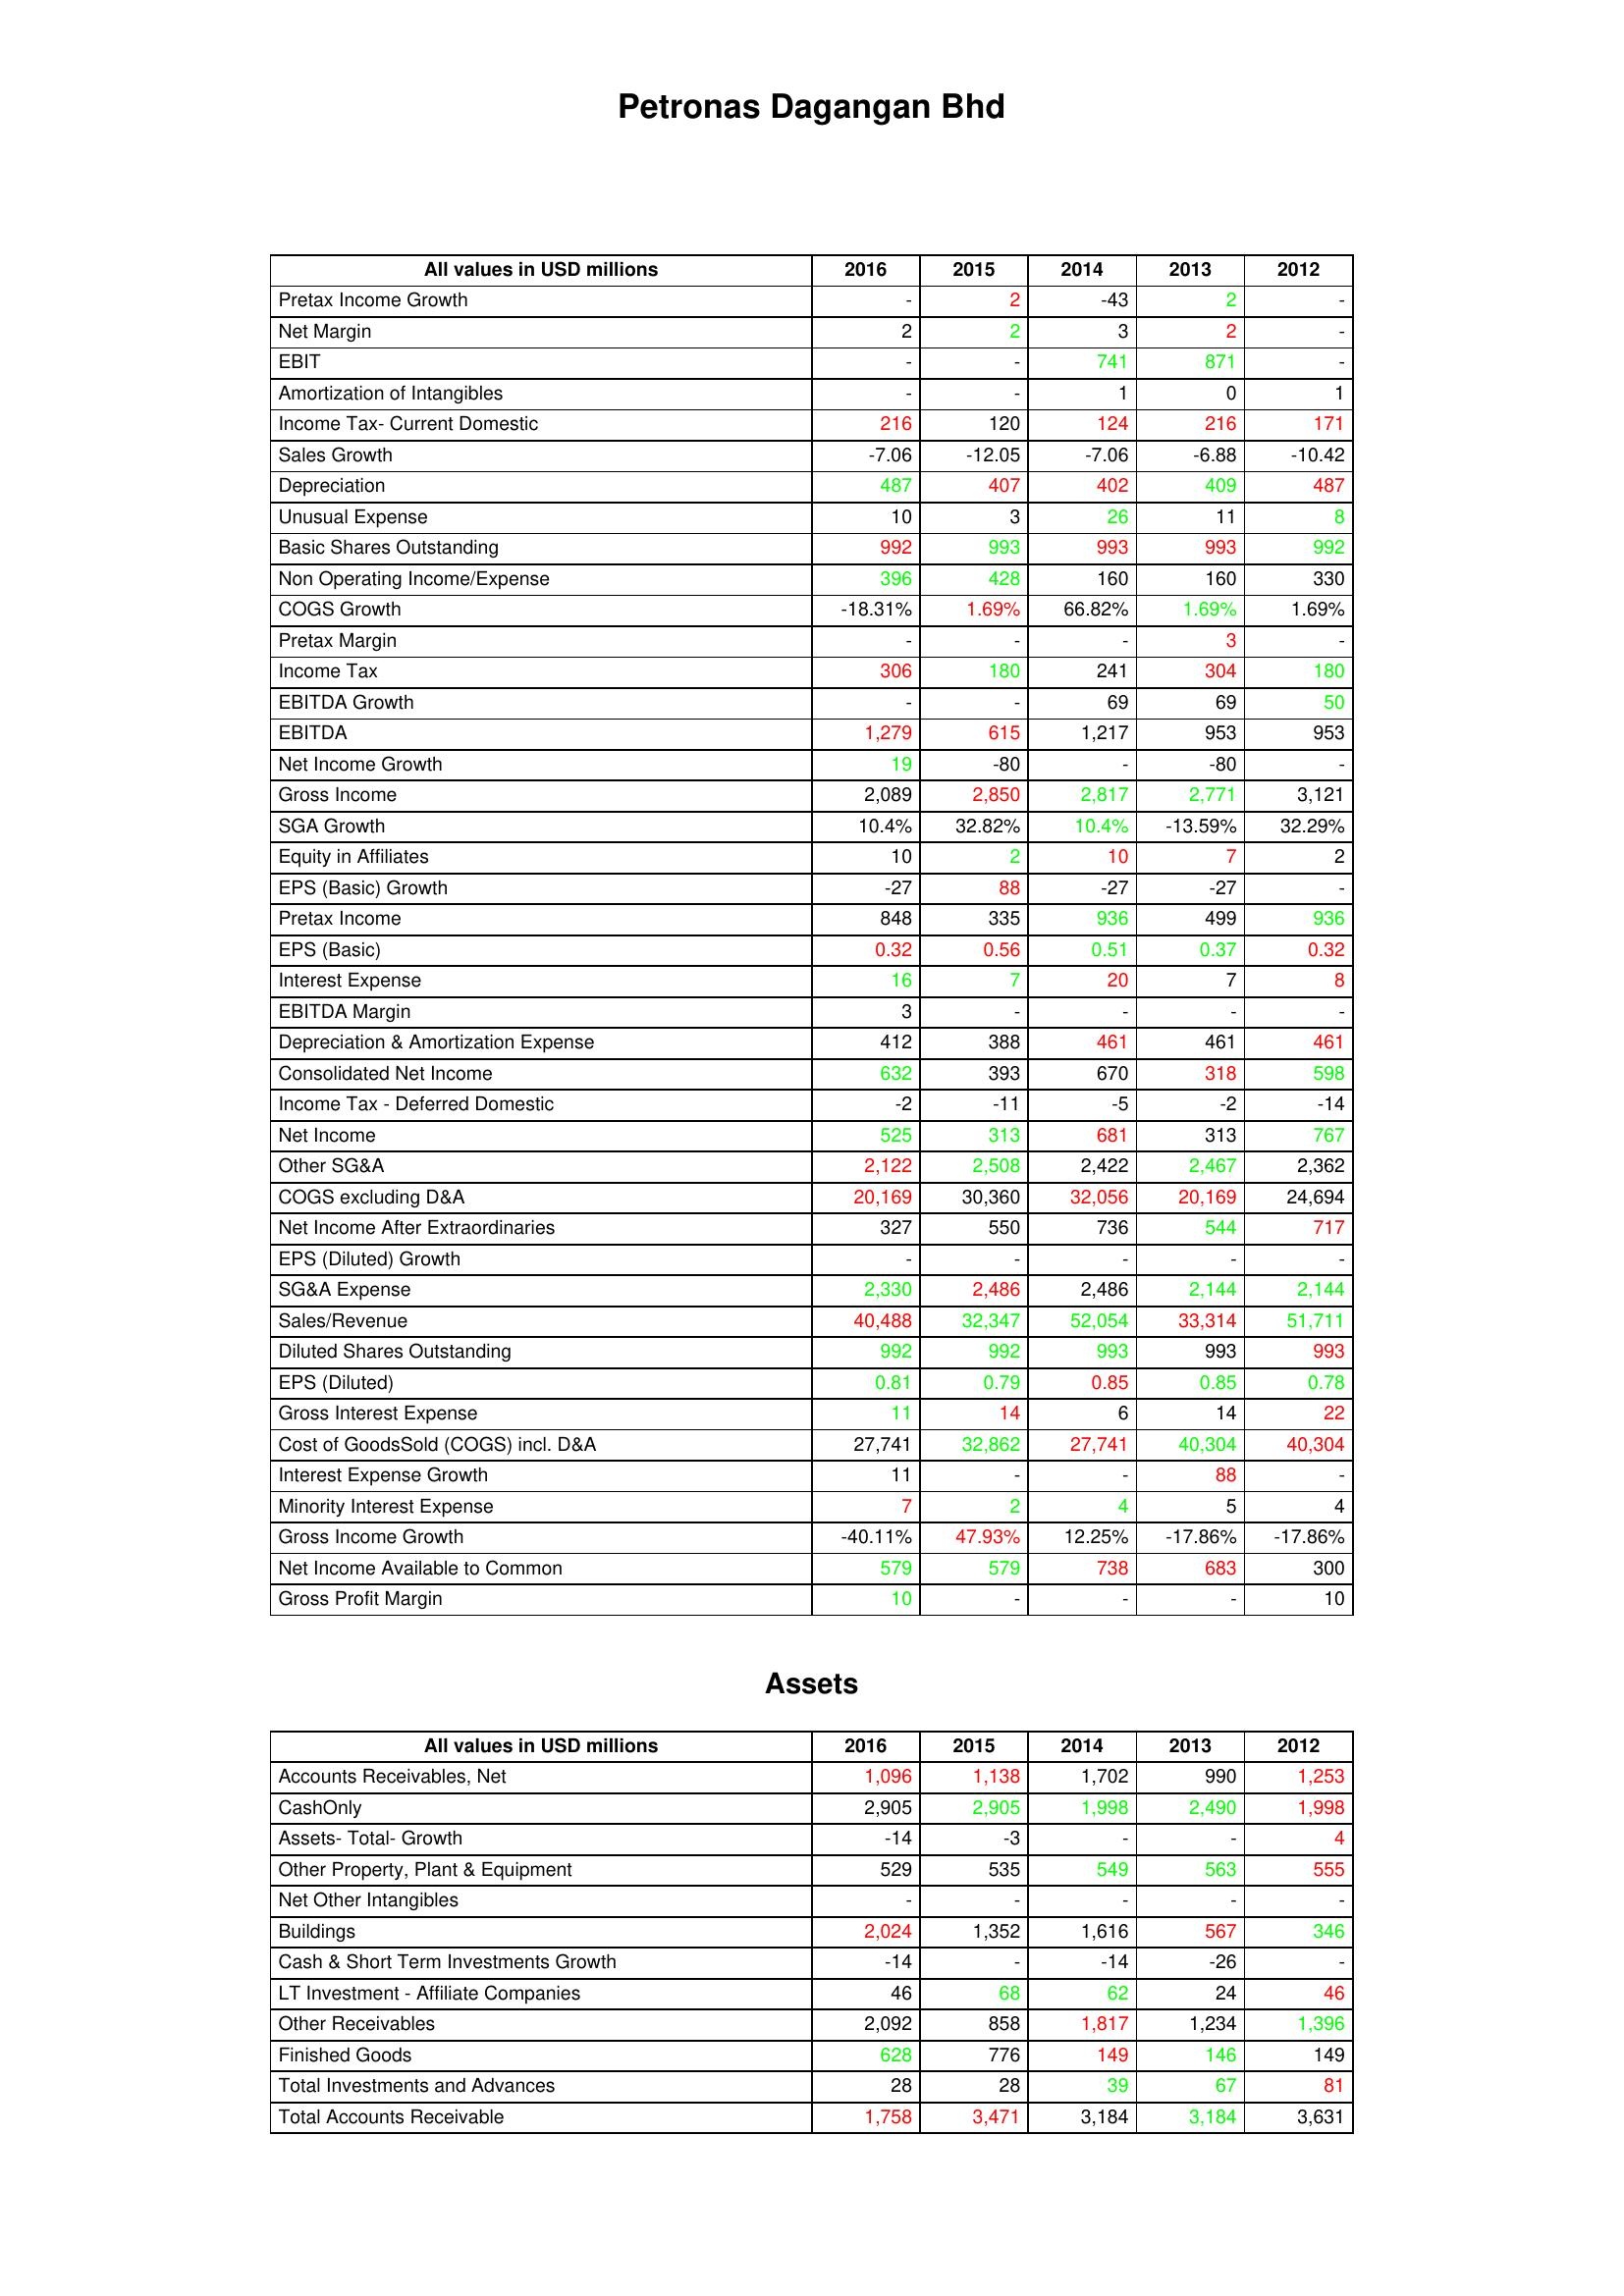
gt_parse: 2016: : Pretax Income Growth: -
Net Margin: 2
EBIT: -
Amortization of Intangibles: -
Income Tax- Current Domestic: 216
Sales Growth: -7.06
Depreciation: 487
Unusual Expense: 10
Basic Shares Outstanding: 992
Non Operating Income/Expense: 396
COGS Growth: -18.31%
Pretax Margin: -
Income Tax: 306
EBITDA Growth: -
EBITDA: 1,279
Net Income Growth: 19
Gross Income: 2,089
SGA Growth: 10.4%
Equity in Affiliates: 10
EPS (Basic) Growth: -27
Pretax Income: 848
EPS (Basic): 0.32
Interest Expense: 16
EBITDA Margin: 3
Depreciation & Amortization Expense: 412
Consolidated Net Income: 632
Income Tax - Deferred Domestic: -2
Net Income: 525
Other SG&A: 2,122
COGS excluding D&A: 20,169
Net Income After Extraordinaries: 327
EPS (Diluted) Growth: -
SG&A Expense: 2,330
Sales/Revenue: 40,488
Diluted Shares Outstanding: 992
EPS (Diluted): 0.81
Gross Interest Expense: 11
Cost of GoodsSold (COGS) incl. D&A: 27,741
Interest Expense Growth: 11
Minority Interest Expense: 7
Gross Income Growth: -40.11%
Net Income Available to Common: 579
Gross Profit Margin: 10
Assets: Accounts Receivables, Net: 1,096
CashOnly: 2,905
Assets- Total- Growth: -14
Other Property, Plant & Equipment: 529
Net Other Intangibles: -
Buildings: 2,024
Cash & Short Term Investments Growth: -14
LT Investment - Affiliate Companies: 46
Other Receivables: 2,092
Finished Goods: 628
Total Investments and Advances: 28
Total Accounts Receivable: 1,758
2015: : Pretax Income Growth: 2
Net Margin: 2
EBIT: -
Amortization of Intangibles: -
Income Tax- Current Domestic: 120
Sales Growth: -12.05
Depreciation: 407
Unusual Expense: 3
Basic Shares Outstanding: 993
Non Operating Income/Expense: 428
COGS Growth: 1.69%
Pretax Margin: -
Income Tax: 180
EBITDA Growth: -
EBITDA: 615
Net Income Growth: -80
Gross Income: 2,850
SGA Growth: 32.82%
Equity in Affiliates: 2
EPS (Basic) Growth: 88
Pretax Income: 335
EPS (Basic): 0.56
Interest Expense: 7
EBITDA Margin: -
Depreciation & Amortization Expense: 388
Consolidated Net Income: 393
Income Tax - Deferred Domestic: -11
Net Income: 313
Other SG&A: 2,508
COGS excluding D&A: 30,360
Net Income After Extraordinaries: 550
EPS (Diluted) Growth: -
SG&A Expense: 2,486
Sales/Revenue: 32,347
Diluted Shares Outstanding: 992
EPS (Diluted): 0.79
Gross Interest Expense: 14
Cost of GoodsSold (COGS) incl. D&A: 32,862
Interest Expense Growth: -
Minority Interest Expense: 2
Gross Income Growth: 47.93%
Net Income Available to Common: 579
Gross Profit Margin: -
Assets: Accounts Receivables, Net: 1,138
CashOnly: 2,905
Assets- Total- Growth: -3
Other Property, Plant & Equipment: 535
Net Other Intangibles: -
Buildings: 1,352
Cash & Short Term Investments Growth: -
LT Investment - Affiliate Companies: 68
Other Receivables: 858
Finished Goods: 776
Total Investments and Advances: 28
Total Accounts Receivable: 3,471
2014: : Pretax Income Growth: -43
Net Margin: 3
EBIT: 741
Amortization of Intangibles: 1
Income Tax- Current Domestic: 124
Sales Growth: -7.06
Depreciation: 402
Unusual Expense: 26
Basic Shares Outstanding: 993
Non Operating Income/Expense: 160
COGS Growth: 66.82%
Pretax Margin: -
Income Tax: 241
EBITDA Growth: 69
EBITDA: 1,217
Net Income Growth: -
Gross Income: 2,817
SGA Growth: 10.4%
Equity in Affiliates: 10
EPS (Basic) Growth: -27
Pretax Income: 936
EPS (Basic): 0.51
Interest Expense: 20
EBITDA Margin: -
Depreciation & Amortization Expense: 461
Consolidated Net Income: 670
Income Tax - Deferred Domestic: -5
Net Income: 681
Other SG&A: 2,422
COGS excluding D&A: 32,056
Net Income After Extraordinaries: 736
EPS (Diluted) Growth: -
SG&A Expense: 2,486
Sales/Revenue: 52,054
Diluted Shares Outstanding: 993
EPS (Diluted): 0.85
Gross Interest Expense: 6
Cost of GoodsSold (COGS) incl. D&A: 27,741
Interest Expense Growth: -
Minority Interest Expense: 4
Gross Income Growth: 12.25%
Net Income Available to Common: 738
Gross Profit Margin: -
Assets: Accounts Receivables, Net: 1,702
CashOnly: 1,998
Assets- Total- Growth: -
Other Property, Plant & Equipment: 549
Net Other Intangibles: -
Buildings: 1,616
Cash & Short Term Investments Growth: -14
LT Investment - Affiliate Companies: 62
Other Receivables: 1,817
Finished Goods: 149
Total Investments and Advances: 39
Total Accounts Receivable: 3,184
2013: : Pretax Income Growth: 2
Net Margin: 2
EBIT: 871
Amortization of Intangibles: 0
Income Tax- Current Domestic: 216
Sales Growth: -6.88
Depreciation: 409
Unusual Expense: 11
Basic Shares Outstanding: 993
Non Operating Income/Expense: 160
COGS Growth: 1.69%
Pretax Margin: 3
Income Tax: 304
EBITDA Growth: 69
EBITDA: 953
Net Income Growth: -80
Gross Income: 2,771
SGA Growth: -13.59%
Equity in Affiliates: 7
EPS (Basic) Growth: -27
Pretax Income: 499
EPS (Basic): 0.37
Interest Expense: 7
EBITDA Margin: -
Depreciation & Amortization Expense: 461
Consolidated Net Income: 318
Income Tax - Deferred Domestic: -2
Net Income: 313
Other SG&A: 2,467
COGS excluding D&A: 20,169
Net Income After Extraordinaries: 544
EPS (Diluted) Growth: -
SG&A Expense: 2,144
Sales/Revenue: 33,314
Diluted Shares Outstanding: 993
EPS (Diluted): 0.85
Gross Interest Expense: 14
Cost of GoodsSold (COGS) incl. D&A: 40,304
Interest Expense Growth: 88
Minority Interest Expense: 5
Gross Income Growth: -17.86%
Net Income Available to Common: 683
Gross Profit Margin: -
Assets: Accounts Receivables, Net: 990
CashOnly: 2,490
Assets- Total- Growth: -
Other Property, Plant & Equipment: 563
Net Other Intangibles: -
Buildings: 567
Cash & Short Term Investments Growth: -26
LT Investment - Affiliate Companies: 24
Other Receivables: 1,234
Finished Goods: 146
Total Investments and Advances: 67
Total Accounts Receivable: 3,184
2012: : Pretax Income Growth: -
Net Margin: -
EBIT: -
Amortization of Intangibles: 1
Income Tax- Current Domestic: 171
Sales Growth: -10.42
Depreciation: 487
Unusual Expense: 8
Basic Shares Outstanding: 992
Non Operating Income/Expense: 330
COGS Growth: 1.69%
Pretax Margin: -
Income Tax: 180
EBITDA Growth: 50
EBITDA: 953
Net Income Growth: -
Gross Income: 3,121
SGA Growth: 32.29%
Equity in Affiliates: 2
EPS (Basic) Growth: -
Pretax Income: 936
EPS (Basic): 0.32
Interest Expense: 8
EBITDA Margin: -
Depreciation & Amortization Expense: 461
Consolidated Net Income: 598
Income Tax - Deferred Domestic: -14
Net Income: 767
Other SG&A: 2,362
COGS excluding D&A: 24,694
Net Income After Extraordinaries: 717
EPS (Diluted) Growth: -
SG&A Expense: 2,144
Sales/Revenue: 51,711
Diluted Shares Outstanding: 993
EPS (Diluted): 0.78
Gross Interest Expense: 22
Cost of GoodsSold (COGS) incl. D&A: 40,304
Interest Expense Growth: -
Minority Interest Expense: 4
Gross Income Growth: -17.86%
Net Income Available to Common: 300
Gross Profit Margin: 10
Assets: Accounts Receivables, Net: 1,253
CashOnly: 1,998
Assets- Total- Growth: 4
Other Property, Plant & Equipment: 555
Net Other Intangibles: -
Buildings: 346
Cash & Short Term Investments Growth: -
LT Investment - Affiliate Companies: 46
Other Receivables: 1,396
Finished Goods: 149
Total Investments and Advances: 81
Total Accounts Receivable: 3,631